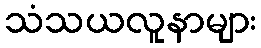
သံသယလူနာများ